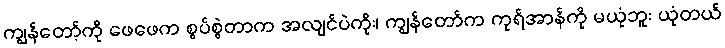
ကျွန်တော့်ကို ဖေဖေက စွပ်စွဲတာက အလျင်ပဲကိုး၊ ကျွန်တော်က ကုရ်အာန်ကို မယုံဘူး ယုံတယ်